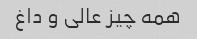
همه چیز عالی و داغ